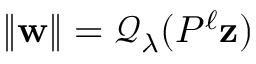
\| \mathbf { w } \| = \mathcal { Q } _ { \lambda } ( P ^ { \ell } \mathbf { z } )